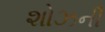
શોઝની